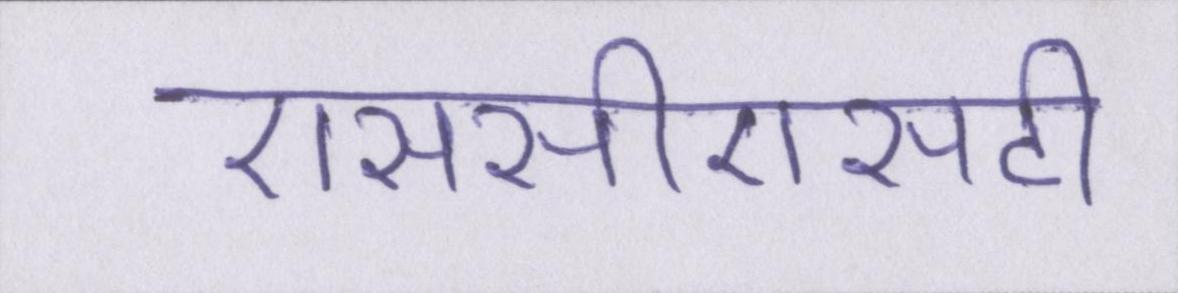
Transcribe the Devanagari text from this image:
एससीएसटी